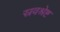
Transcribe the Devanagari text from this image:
स्रवश्रेष्ट